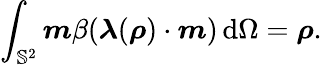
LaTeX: \int_{\mathbb{S}^{2}}\boldsymbol{m}\beta(\boldsymbol{\lambda}(\boldsymbol{\rho})\cdot\boldsymbol{m})\, \mathrm{d}\Omega=\boldsymbol{\rho}.